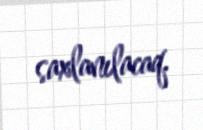
saxlanılacaq.